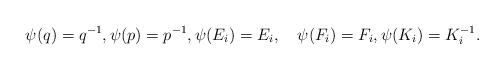
LaTeX: \begin{align*} \psi(q) =q^{-1},\psi(p) =p^{-1}, \psi(E_{i}) = E_{i}, \quad\psi(F_{i}) = F_{i}, \psi(K_{i})= K_{i}^{-1}.\end{align*}